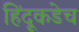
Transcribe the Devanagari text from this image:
हिंदूकडेच